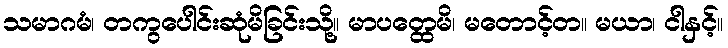
သမာဂမံ၊ တကွပေါင်းဆုံမိခြင်းသို့။ မာပတ္ထေမိ၊ မတောင့်တ။ မယာ၊ ငါနှင့်။